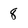
Character: 8